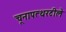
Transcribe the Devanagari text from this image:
चूनापत्थरटीले